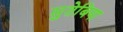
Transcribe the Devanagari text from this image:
सुतेबिया